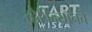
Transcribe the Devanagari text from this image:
व्हेरीन्यॉनचे